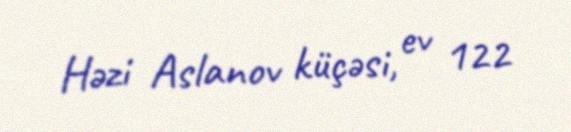
Həzi Aslanov küçəsi, ev 122